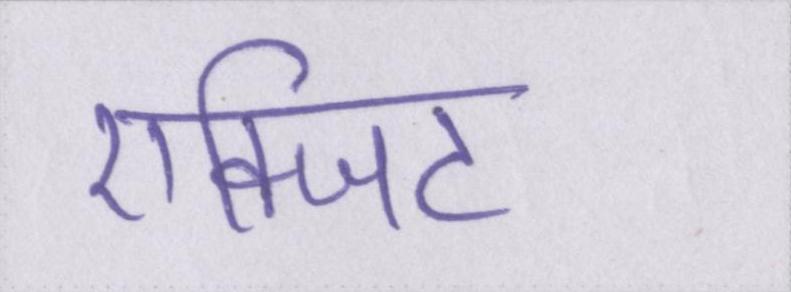
एक्जिट